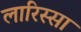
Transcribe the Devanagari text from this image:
लारिस्सा